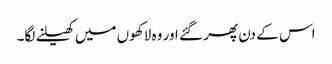
اس کے دن پھر گئے اور وہ لاکھوں میں کھیلنے لگا۔